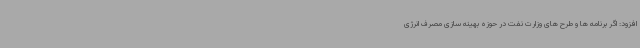
افزود: اگر برنامه ها و طرح های وزارت نفت در حوزه بهینه سازی مصرف انرژی